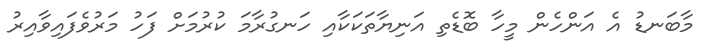
މާބަނޑު އެ އަންހެން މީހާ ބޮޑެތި އަނިޔާތަކަކާއި ހަނގުރާމަ ކުރުމަށް ފަހު މަރުވެފައިވާއިރު